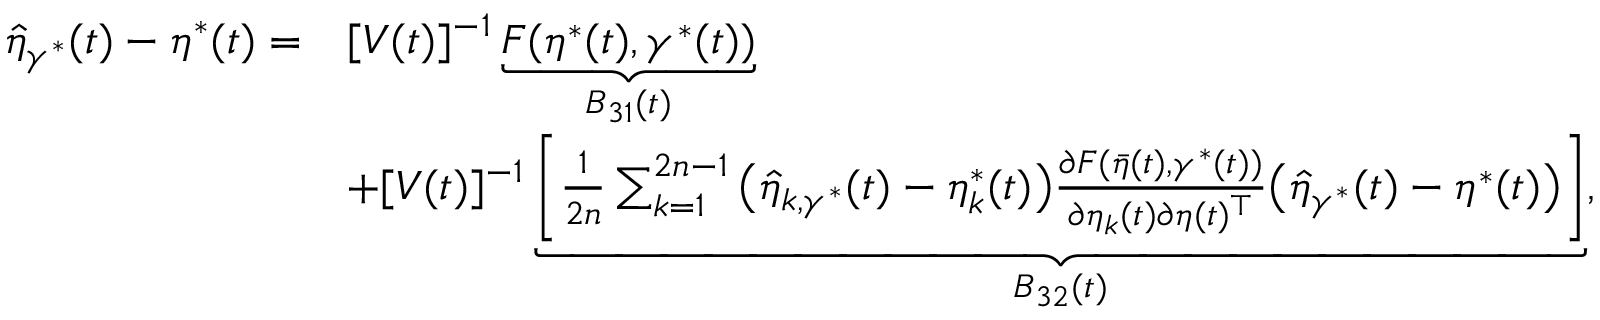
\begin{array} { r l } { \widehat { \eta } _ { \gamma ^ { * } } ( t ) - \eta ^ { * } ( t ) = } & { [ V ( t ) ] ^ { - 1 } \underbrace { F ( \eta ^ { * } ( t ) , \gamma ^ { * } ( t ) ) } _ { B _ { 3 1 } ( t ) } } \\ & { + [ V ( t ) ] ^ { - 1 } \underbrace { \Bigg [ \frac { 1 } { 2 n } \sum _ { k = 1 } ^ { 2 n - 1 } \big ( \widehat { \eta } _ { k , \gamma ^ { * } } ( t ) - \eta _ { k } ^ { * } ( t ) \big ) \frac { \partial F ( \bar { \eta } ( t ) , \gamma ^ { * } ( t ) ) } { \partial \eta _ { k } ( t ) \partial \eta ( t ) ^ { \top } } \big ( \widehat { \eta } _ { \gamma ^ { * } } ( t ) - \eta ^ { * } ( t ) \big ) \Bigg ] } _ { B _ { 3 2 } ( t ) } , } \end{array}